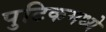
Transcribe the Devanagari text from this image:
पुटिकमध्ये